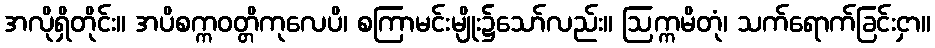
အလိုရှိတိုင်း။ အပိစက္ကဝတ္တိကုလေပိ၊ စကြာမင်းမျိုး၌သော်လည်း။ ဩက္ကမိတုံ၊ သက်ရောက်ခြင်းငှာ။